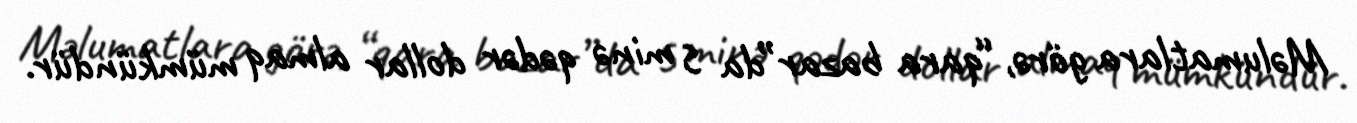
Məlumatlara görə, “qara bazar”da 5 minə qədər dollar almaq mümkündür.